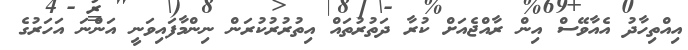
އިއްތިހާދު އެއާވޭސް އިން ރާއްޖެއަށް ކުރާ ދަތުރުތައް އިތުރުރުކުރަން ނިންމާފައިވަނީ އަންނަ އަހަރުގެ